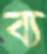
ব্য